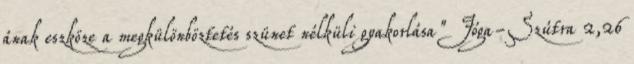
ának eszköze a megkülönböztetés szünet nélküli gyakorlása" Jóga-Szútra 2,26